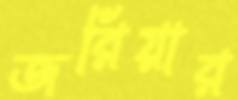
জরিয়ার